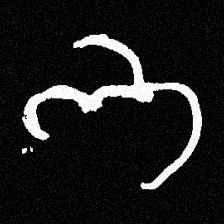
Pyu character \u2014 Myanmar letter: ဘ (romanized: bha)